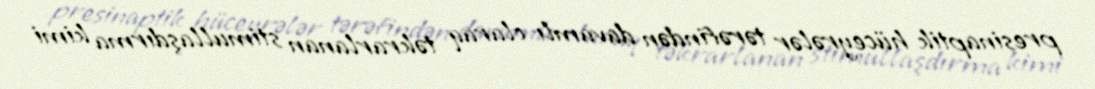
presinaptik hüceyrələr tərəfindən davamlı olaraq təkrarlanan stimullaşdırma kimi